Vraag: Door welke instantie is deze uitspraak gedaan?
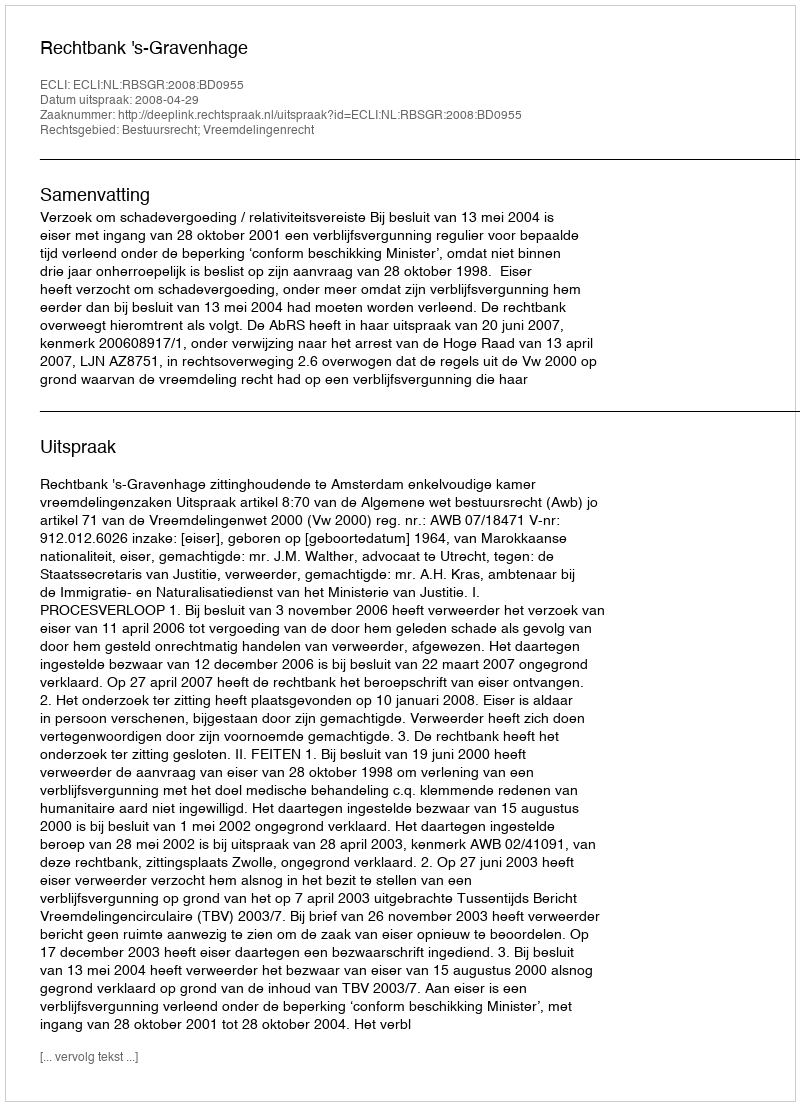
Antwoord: Rechtbank 's-Gravenhage